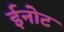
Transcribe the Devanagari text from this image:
ईनोट